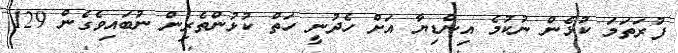
ފުރަތަމަ ކުޅެން ނުކުމެ އިންޑިޔާ އަށް ހެދުނީ ހަތް ކުޅުންތެރިން ނުބައިވެގެން 129